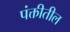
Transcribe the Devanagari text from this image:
पंक्तीतील